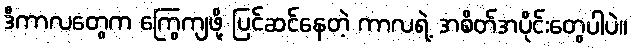
ဒီကာလတွေက ကြွေကျဖို့ ပြင်ဆင်နေတဲ့ ကာလရဲ့ အစိတ်အပိုင်းတွေပါပဲ။